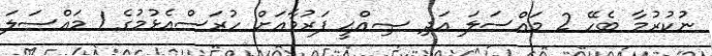
ނުކުރުމާ ބެހޭ 2 މައްސަލަ އަދި ޞިއްޙީ ފަރުވާއަށް ހުރަސްއެޅުމުގެ 1 މައްސަލަ